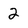
Character: 2